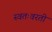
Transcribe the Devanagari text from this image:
स्वतःवरती